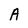
Character: A